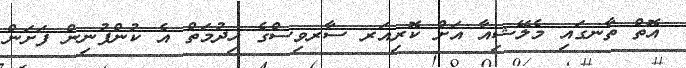
އޮތް ތާނގައި މެލޭޝިއާ އަށް ކޮރިއަރ ސާރވިސްގެ ހިދުމަތް އެ ކުންފުނިން ފަށަން